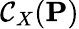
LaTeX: \mathcal{C}_{X}(\mathbf{{P}})